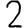
Digit: 2